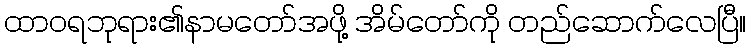
ထာဝရဘုရား၏နာမတော်အဖို့ အိမ်တော်ကို တည်ဆောက်လေပြီ။